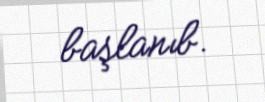
başlanıb.